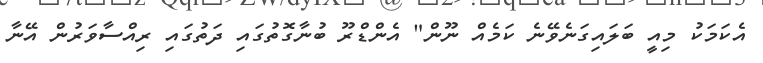
އެކަމަކު މިއީ ބަލައިގަނެވޭނެ ކަމެއް ނޫން" އެންޑްރޫ ބުނާގޮތުގައި ދަތުގައި ރިއްސާވަރުން އޭނާ